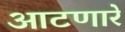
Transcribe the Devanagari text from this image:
आटणारे